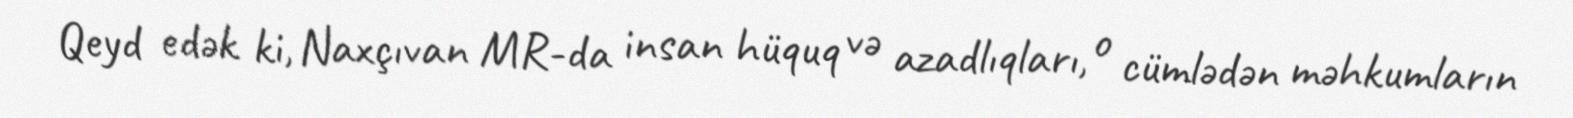
Qeyd edək ki, Naxçıvan MR-da insan hüquq və azadlıqları, o cümlədən məhkumların